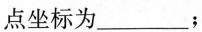
点坐标为___；